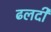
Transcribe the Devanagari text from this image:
ढलदी